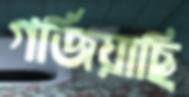
গর্জিয়াছি